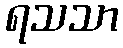
ရသသာ